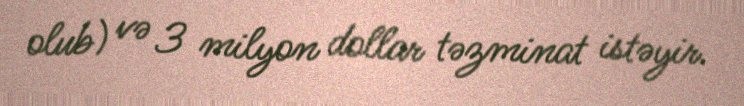
olub) və 3 milyon dollar təzminat istəyir.